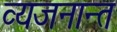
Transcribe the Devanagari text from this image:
व्यजनान्त